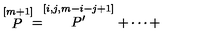
\stackrel { \lbrack m + 1 ] } { P } = \stackrel { [ i , j , m - i - j + 1 ] } { P ^ { \prime } } + \cdots +